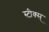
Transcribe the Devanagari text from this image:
स्टीक्स्